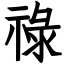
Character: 祿